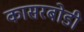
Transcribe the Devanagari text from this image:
कासरबोडी